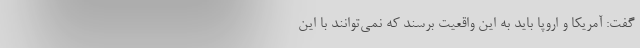
گفت: آمریکا و اروپا باید به این واقعیت برسند که نمی‌توانند با این